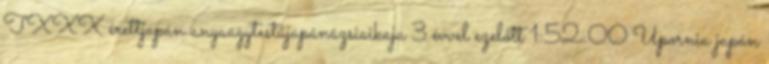
TXXX érettjapán anyaagytestűjapánázsiaikaja 3 évvel ezelőtt 1:52:00 Upornia japán